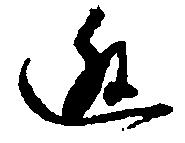
逃